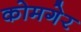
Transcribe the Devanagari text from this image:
कोमगेर